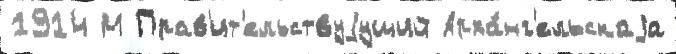
1914 М Прав'ит'ельствуjущий Арха́нг'ельскаjа